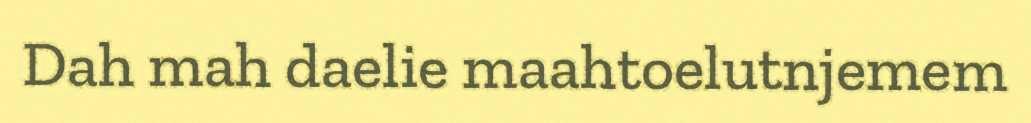
Dah mah daelie maahtoelutnjemem